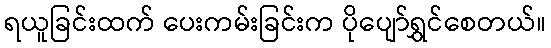
ရယူခြင်းထက် ပေးကမ်းခြင်းက ပိုပျော်ရွှင်စေတယ်။